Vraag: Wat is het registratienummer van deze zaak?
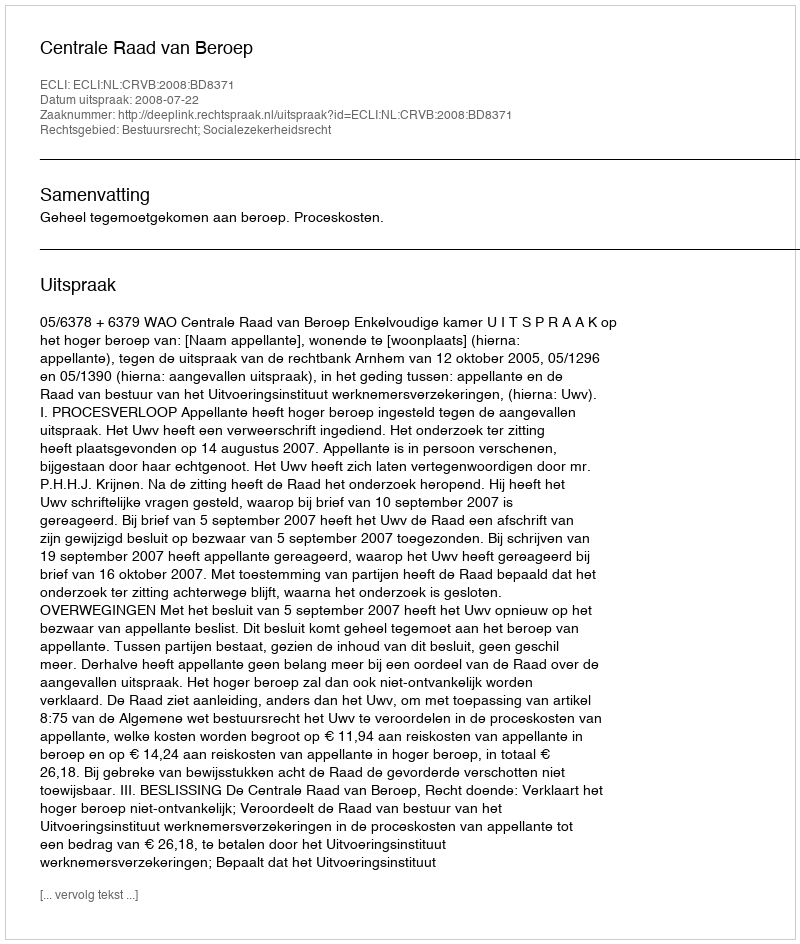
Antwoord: http://deeplink.rechtspraak.nl/uitspraak?id=ECLI:NL:CRVB:2008:BD8371